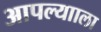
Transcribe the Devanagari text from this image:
आपल्यााला